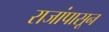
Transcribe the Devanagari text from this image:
राजांपासून